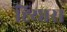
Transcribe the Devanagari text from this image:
ह्य्प्तिस